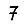
Digit: 7